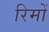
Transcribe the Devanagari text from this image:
रिमों